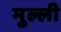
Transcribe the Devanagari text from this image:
मुल्ली